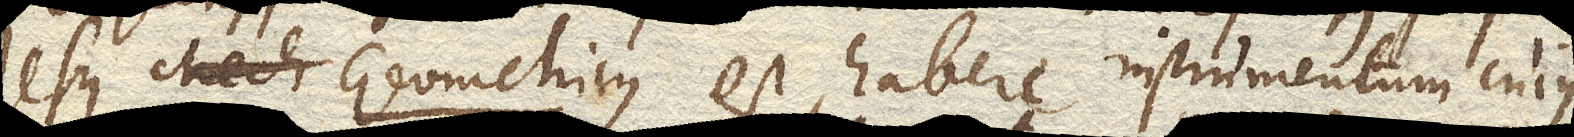
Usus Geometricus est, habere instrumentum cujus